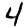
Digit: 4